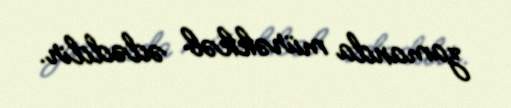
zamanda mürəkkəb ədəddir.